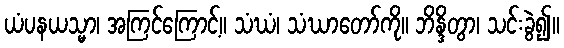
ယံပနယသ္မာ၊ အကြင်ကြောင့်။ သံဃံ၊ သံဃာတော်ကို။ ဘိန္ဒိတွာ၊ သင်းခွဲ၍။